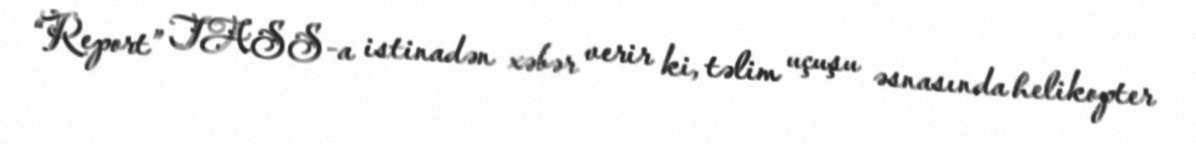
“Report” TASS-a istinadən xəbər verir ki, təlim uçuşu əsnasında helikopter